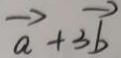
\overrightarrow { a } + 3 \overrightarrow { b }